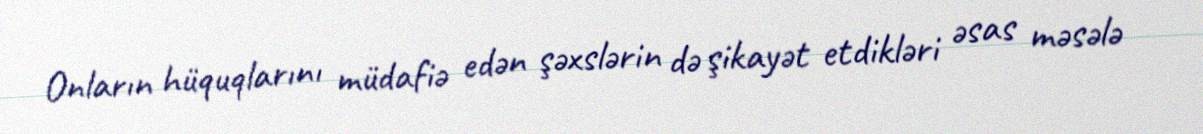
Onların hüquqlarını müdafiə edən şəxslərin də şikayət etdikləri əsas məsələ